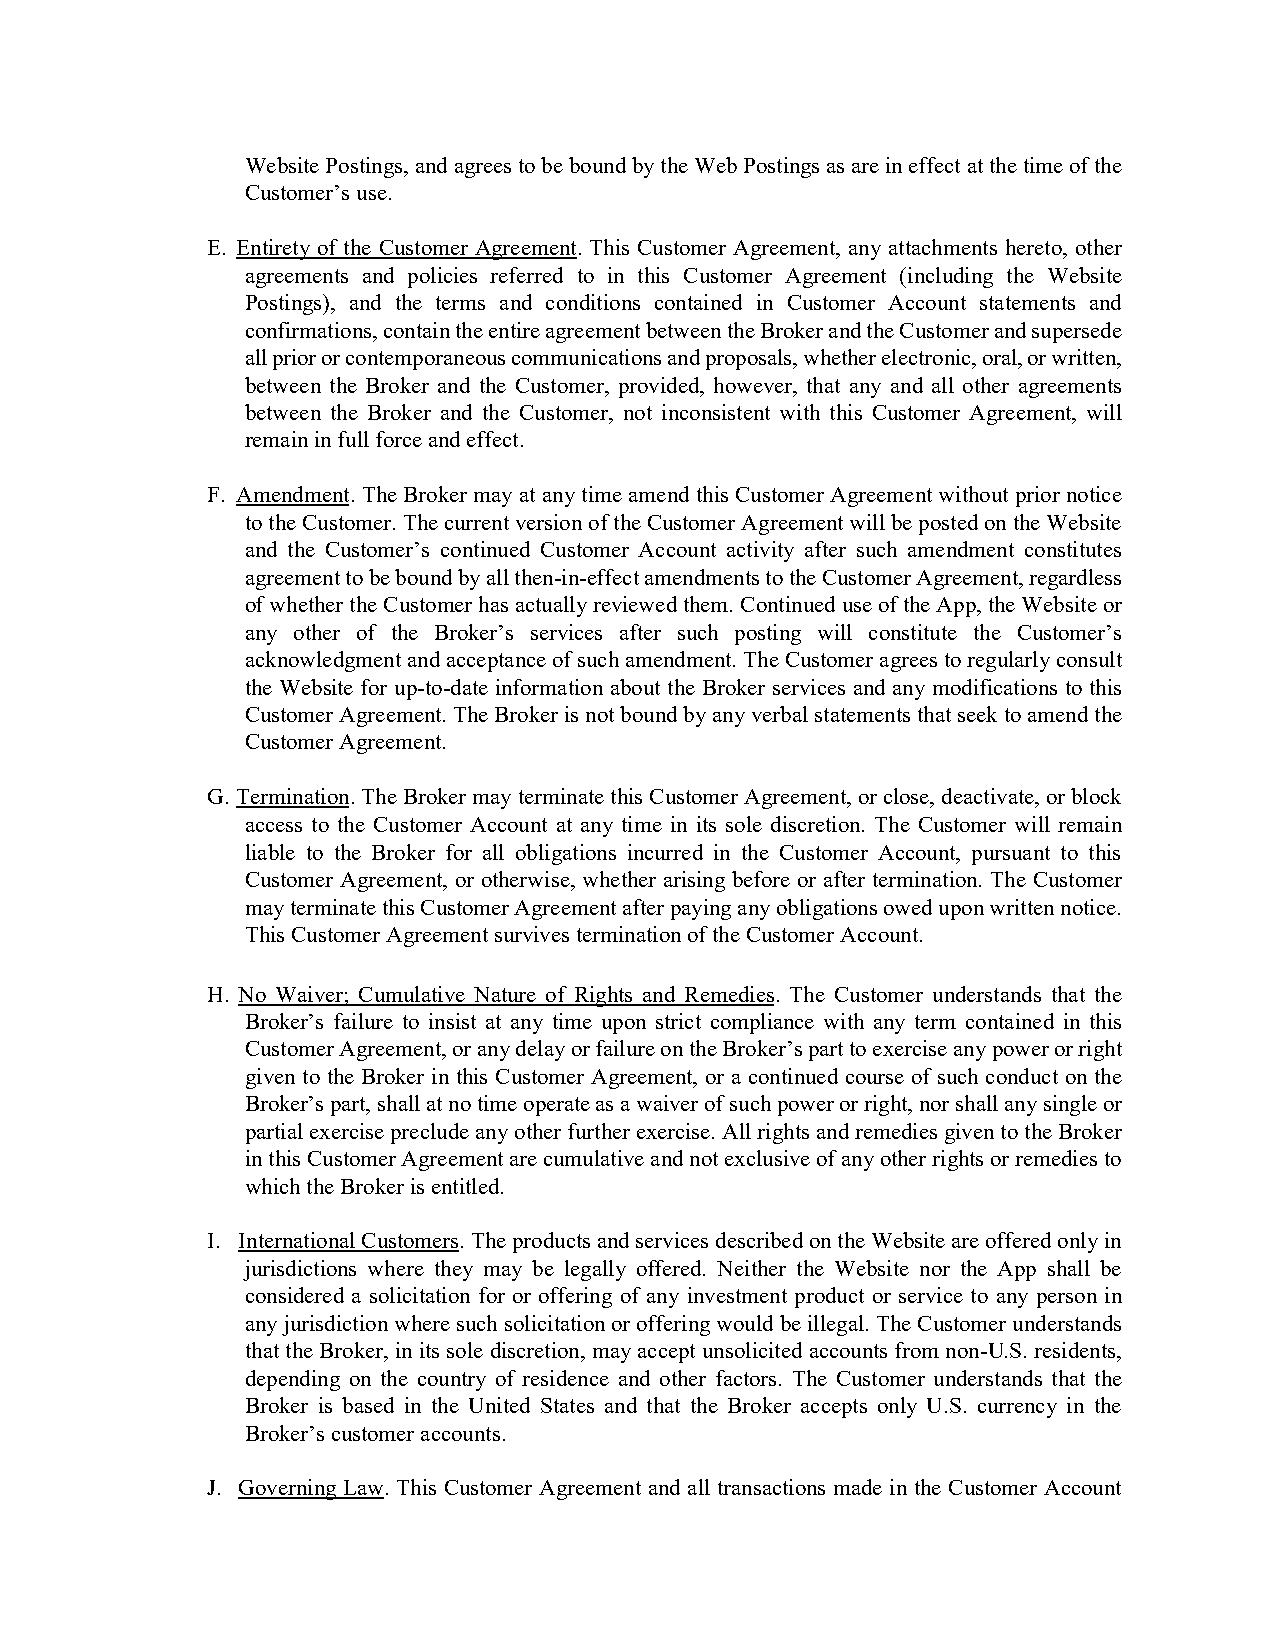
Website Postings, and agrees to be bound by the Web Postings as are in effect at the time of the
 Customer’s use.
 E. Entirety of the Customer Agreement. This Customer Agreement, any attachments hereto, other
 agreements and policies referred to in this Customer Agreement (including the Website
 Postings), and the terms and conditions contained in Customer Account statements and
 confirmations, contain the entire agreement between the Broker and the Customer and supersede
 all prior or contemporaneous communications and proposals, whether electronic, oral, or written,
 between the Broker and the Customer, provided, however, that any and all other agreements
 between the Broker and the Customer, not inconsistent with this Customer Agreement, will
 remain in full force and effect.
 F. Amendment. The Broker may at any time amend this Customer Agreement without prior notice
 to the Customer. The current version of the Customer Agreement will be posted on the Website
 and the Customer’s continued Customer Account activity after such amendment constitutes
 agreement to be bound by all then-in-effect amendments to the Customer Agreement, regardless
 of whether the Customer has actually reviewed them. Continued use of the App, the Website or
 any other of the Broker’s services after such posting will constitute the Customer’s
 acknowledgment and acceptance of such amendment. The Customer agrees to regularly consult
 the Website for up-to-date information about the Broker services and any modifications to this
 Customer Agreement. The Broker is not bound by any verbal statements that seek to amend the
 Customer Agreement.
 G. Termination. The Broker may terminate this Customer Agreement, or close, deactivate, or block
 access to the Customer Account at any time in its sole discretion. The Customer will remain
 liable to the Broker for all obligations incurred in the Customer Account, pursuant to this
 Customer Agreement, or otherwise, whether arising before or after termination. The Customer
 may terminate this Customer Agreement after paying any obligations owed upon written notice.
 This Customer Agreement survives termination of the Customer Account.
 H. No Waiver; Cumulative Nature of Rights and Remedies. The Customer understands that the
 Broker’s failure to insist at any time upon strict compliance with any term contained in this
 Customer Agreement, or any delay or failure on the Broker’s part to exercise any power or right
 given to the Broker in this Customer Agreement, or a continued course of such conduct on the
 Broker’s part, shall at no time operate as a waiver of such power or right, nor shall any single or
 partial exercise preclude any other further exercise. All rights and remedies given to the Broker
 in this Customer Agreement are cumulative and not exclusive of any other rights or remedies to
 which the Broker is entitled.
 I. International Customers. The products and services described on the Website are offered only in
 jurisdictions where they may be legally offered. Neither the Website nor the App shall be
 considered a solicitation for or offering of any investment product or service to any person in
 any jurisdiction where such solicitation or offering would be illegal. The Customer understands
 that the Broker, in its sole discretion, may accept unsolicited accounts from non-U.S. residents,
 depending on the country of residence and other factors. The Customer understands that the
 Broker is based in the United States and that the Broker accepts only U.S. currency in the
 Broker’s customer accounts.
 J. Governing Law. This Customer Agreement and all transactions made in the Customer Account